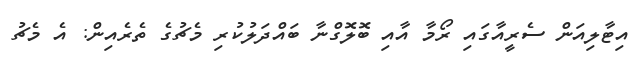
އިޓާލިއަން ސެރީއާގައި ރޯމާ އާއި ބޮލޮގްނާ ބައްދަލުކުރި މެޗުގެ ތެރެއިން: އެ މެޗު